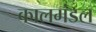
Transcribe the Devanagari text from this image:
कालमंडल